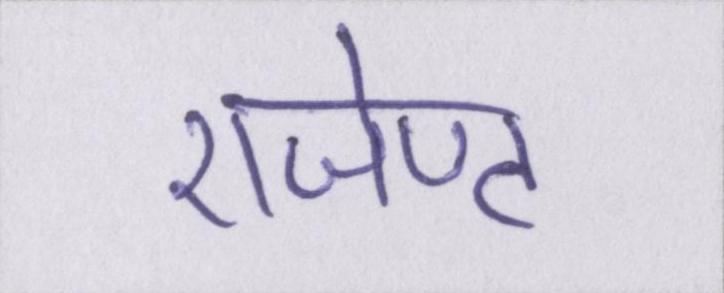
एजेण्ट